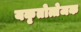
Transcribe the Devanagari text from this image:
यकृतोत्तेजक